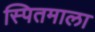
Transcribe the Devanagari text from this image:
स्पितमाला